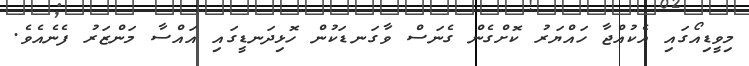
މިވީޑިއޯގައި އެކުއްޖާ ހައްޔަރު ކޮށްގެން ގެނަސް ވާގަނޑަކުން ހޮޅިދަނޑީގައި އައްސާ މަންޒަރު ފެނެއެވެ.